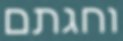
וחגתם